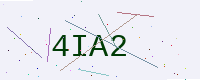
Text: 4IA2